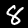
Digit: 8